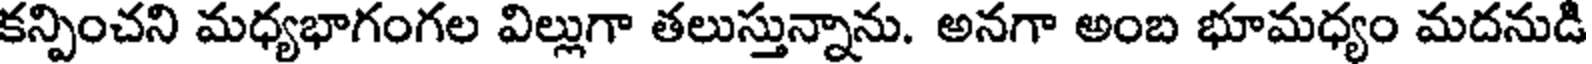
కన్పించని మధ్యభాగంగల విల్లుగా తలుస్తున్నాను. అనగా అంబ భూమధ్యం మదనుడి